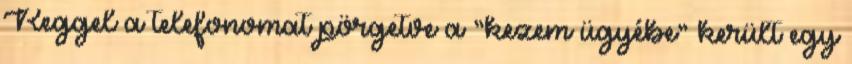
Reggel a telefonomat pörgetve a “kezem ügyébe” került egy